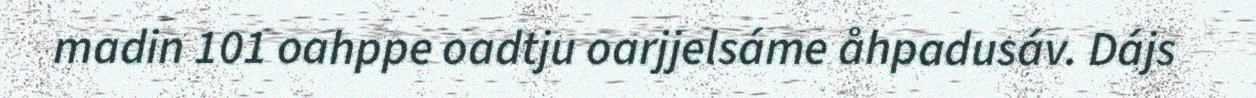
madin 101 oahppe oadtju oarjjelsáme åhpadusáv. Dájs